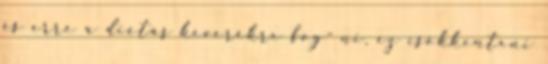
és erre a diétás keverékre fog- ni, ez csökkenteni